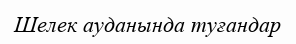
Шелек ауданында туғандар